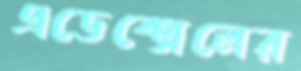
এডেক্সেলের